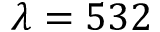
\lambda = 5 3 2